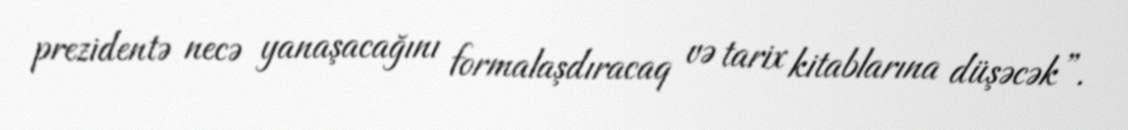
prezidentə necə yanaşacağını formalaşdıracaq və tarix kitablarına düşəcək”.